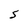
Character: S